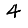
Digit: 4